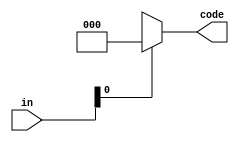
module priority_encoder (in, code);
input [7:0]in;
output reg [2:0]code;
always@(in)
  begin
    if(in[0]) code =3'b000;
    else if(in[0]) code =3'b001;
    else if(in[0]) code =3'b010;
    else if(in[0]) code =3'b011;
    else if(in[0]) code =3'b100;
    else if(in[0]) code =3'b101;
    else if(in[0]) code =3'b110;
    else if(in[0]) code =3'b111;
    else           code =3'bxxx;
  end
  endmodule